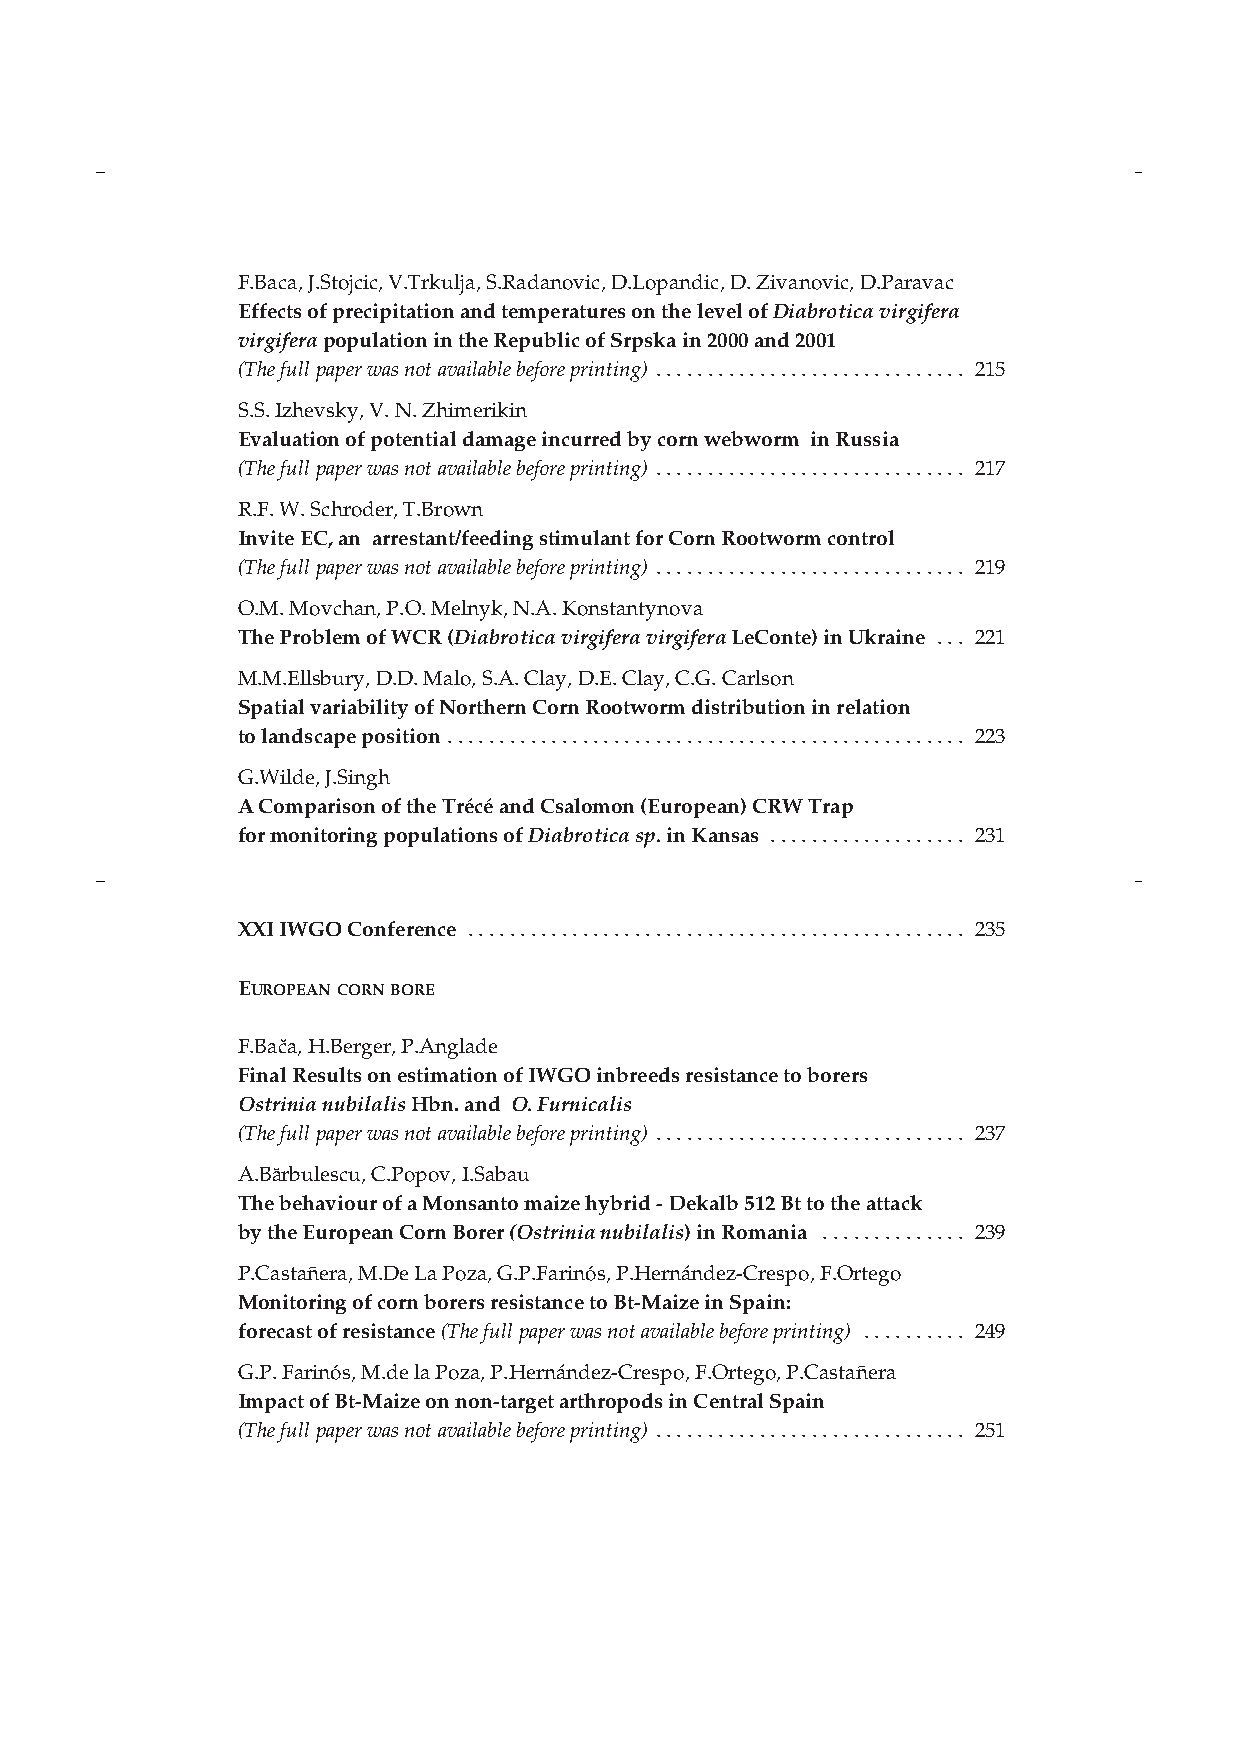
F.Baca, J.Stojcic, V.Trkulja, S.Radanovic, D.Lopandic, D. Zivanovic, D.Paravac
 Effects of precipitation and temperatures on the level of Diabrotica virgifera
 virgiferapopulation in the Republic of Srpska in 2000 and 2001
 (The full paper was not available before printing) . . . . . . . . . . . . . . . . . . . . . . . . . . . . . . 215
 S.S. Izhevsky, V. N. Zhimerikin
 Evaluation of potential damage incurred by corn webworm in Russia
 (The full paper was not available before printing) . . . . . . . . . . . . . . . . . . . . . . . . . . . . . . 217
 R.F. W. Schroder, T.Brown
 Invite EC, an arrestant/feeding stimulant for Corn Rootworm control
 (The full paper was not available before printing) . . . . . . . . . . . . . . . . . . . . . . . . . . . . . . 219
 O.M. Movchan, P.O. Melnyk, N.A.Konstantynova
 The Problem of WCR (Diabrotica virgifera virgiferaLeConte) in Ukraine . . . 221
 M.M.Ellsbury, D.D. Malo, S.A. Clay, D.E. Clay, C.G. Carlson
 Spatial variability of Northern Corn Rootworm distribution in relation
 to landscape position . . . . . . . . . . . . . . . . . . . . . . . . . . . . . . . . . . . . . . . . . . . . . . . . . . 223
 G.Wilde, J.Singh
 A Comparison of the Trécé and Csalomon (European) CRW Trap
 for monitoring populations of Diabroticasp.in Kansas . . . . . . . . . . . . . . . . . . . 231
 XXIIWGO Conference . . . . . . . . . . . . . . . . . . . . . . . . . . . . . . . . . . . . . . . . . . . . . . . . 235
 EUROPEANCORNBORE
 F.Bacˇa, H.Berger, P.Anglade
 Final Results on estimation of IWGO inbreeds resistance to borers
 Ostrinia nubilalisHbn. and O. Furnicalis
 (The full paper was not available before printing) . . . . . . . . . . . . . . . . . . . . . . . . . . . . . . 237
 A.Ba˘rbulescu, C.Popov, I.Sabau
 The behaviour of a Monsanto maize hybrid - Dekalb 512 Bt to the attack
 by the European Corn Borer (Ostrinia nubilalis) in Romania . . . . . . . . . . . . . . 239
 P.Castañera, M.De La Poza, G.P.Farinós, P.Hernández-Crespo, F.Ortego
 Monitoring of corn borers resistance to Bt-Maize in Spain:
 forecast of resistance (The full paper was not available before printing) . . . . . . . . . . 249
 G.P. Farinós, M.de la Poza, P.Hernández-Crespo, F.Ortego, P.Castañera
 Impact of Bt-Maize on non-target arthropods in Central Spain
 (The full paper was not available before printing) . . . . . . . . . . . . . . . . . . . . . . . . . . . . . . 251